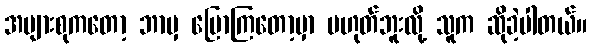
အများစုကတော့ ဘာမှ ပြောကြတော့မှာ မဟုတ်ဘူးလို့ သူက ဆိုခဲ့ပါတယ်။